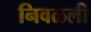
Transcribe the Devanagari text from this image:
निवळली